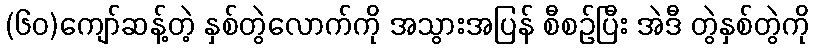
(၆၀)ကျော်ဆန့်တဲ့ နှစ်တွဲလောက်ကို အသွားအပြန် စီစဉ်ပြီး အဲဒီ တွဲနှစ်တွဲကို